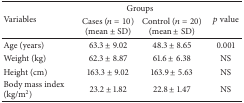
<table><thead><tr><td rowspan="2"><b>Variables</b></td><td colspan="2"><b>Groups</b></td><td rowspan="2"><b><i>p</i> value</b></td></tr><tr><td><b>Cases (<i>n</i> = 10) (mean ± SD)</b></td><td><b>Control (<i>n</i> = 20) (mean ± SD)</b></td></tr></thead><tbody><tr><td>Age (years)</td><td>63.3 ± 9.02</td><td>48.3 ± 8.65</td><td>0.001</td></tr><tr><td>Weight (kg)</td><td>62.3 ± 8.87</td><td>61.6 ± 6.38</td><td>NS</td></tr><tr><td>Height (cm)</td><td>163.3 ± 9.02</td><td>163.9 ± 5.63</td><td>NS</td></tr><tr><td>Body mass index (kg/m<sup>2</sup>)</td><td>23.2 ± 1.82</td><td>22.8 ± 1.47</td><td>NS</td></tr></tbody></table>